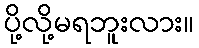
ပို့လို့မရဘူးလား။